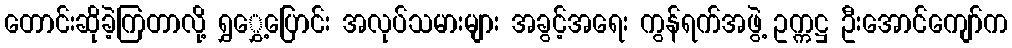
တောင်းဆိုခဲ့ကြတာလို့ ရွှွှေ့ပြောင်း အလုပ်သမားများ အခွင့်အရေး ကွန်ရက်အဖွဲ့ ဥက္ကဋ္ဌ ဦးအောင်ကျော်က